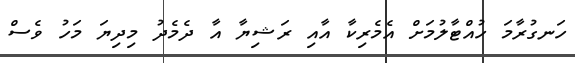
ހަނގުރާމަ ހުއްޓާލުމަށް އެމެރިކާ އާއި ރަޝިޔާ އާ ދެމެދު މިދިޔަ މަހު ވެސް